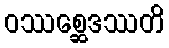
ဝဿစ္ဆေဒဿတိ